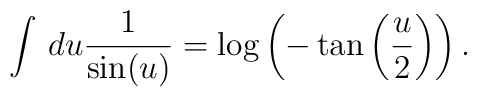
\int \, du \frac{1}{\sin(u)}  =    \log\left(-\tan\left(\frac{u}{2}\right)\right).